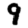
Digit: 9